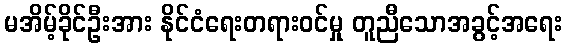
မအိမ့်ခိုင်ဦးအား နိုင်ငံရေးတရားဝင်မှု တူညီသောအခွင့်အရေး